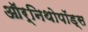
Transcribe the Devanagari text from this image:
ऑर्निथोपॉड्स